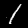
Digit: 1